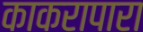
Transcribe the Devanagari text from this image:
काकरापारा